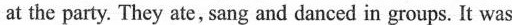
at the party. They ate, sang and danced in groups. It was